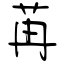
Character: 苒